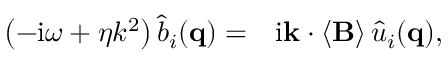
\begin{array} { r l } { \left( - \mathrm { i } \omega + \eta k ^ { 2 } \right) \hat { b } _ { i } ( \mathbf { q } ) = } & { { } \mathrm { i } \mathbf { k } \cdot \left\langle \mathbf { B } \right\rangle \hat { u } _ { i } ( \mathbf { q } ) , } \end{array}